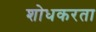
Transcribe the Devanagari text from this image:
शोधकरता